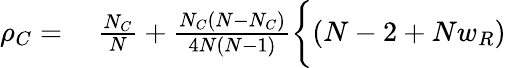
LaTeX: \begin{array}{rl}{\rho_{C}=}&{{}~\frac{N_{C}}{N}+\frac{N_{C}(N-N_{C})}{4N(N-1)}\bigg\{ (N-2+Nw_{R})}\end{array}